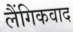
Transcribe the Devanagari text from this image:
लैंगिकवाद